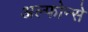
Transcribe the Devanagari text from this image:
अल्फोन्से